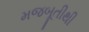
મજબૂતીથી